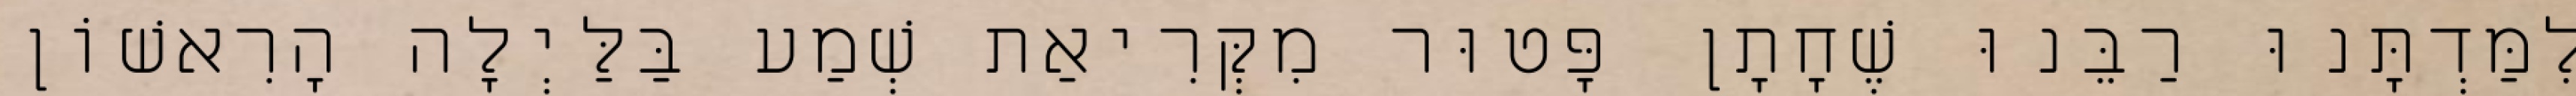
לִמַּדְתָּנוּ רַבֵּנוּ שֶׁחָתָן פָּטוּר מִקְּרִיאַת שְׁמַע בַּלַּיְלָה הָרִאשׁוֹן